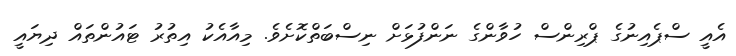
އެއީ ސްޕެއިނުގެ ޕްރިންސް ހުވާންގެ ނަންފުޅަށް ނިސްބަތްކޮށެވެ. މިއާއެކު އިތުރު ޓައުންތައް ދިޔައީ